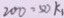
2 0 0 = 5 0 k _ { 1 }